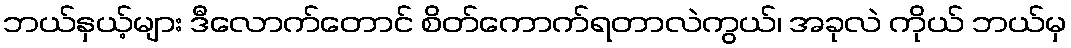
ဘယ်နှယ့်များ ဒီလောက်တောင် စိတ်ကောက်ရတာလဲကွယ်၊ အခုလဲ ကိုယ် ဘယ်မှ